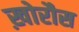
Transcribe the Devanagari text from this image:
ख़ोरौस